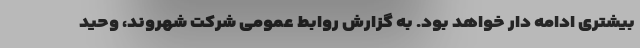
بیشتری ادامه دار خواهد بود. به گزارش روابط عمومی شرکت شهروند، وحید